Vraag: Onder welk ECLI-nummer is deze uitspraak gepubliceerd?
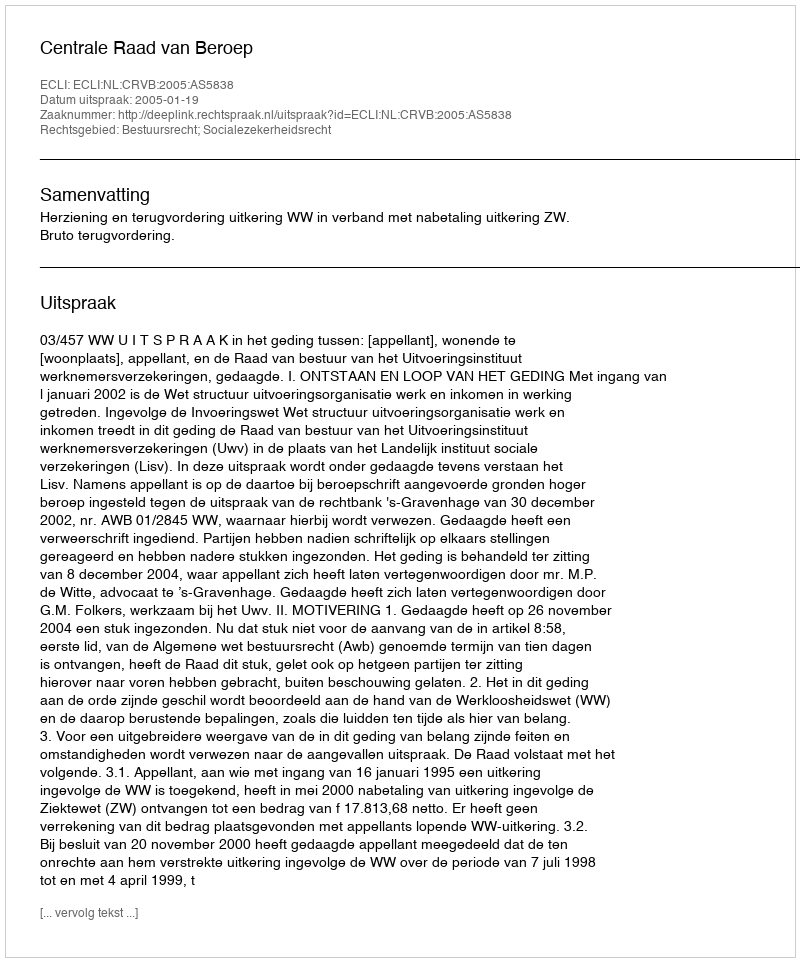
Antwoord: ECLI:NL:CRVB:2005:AS5838